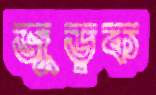
জুড়ক